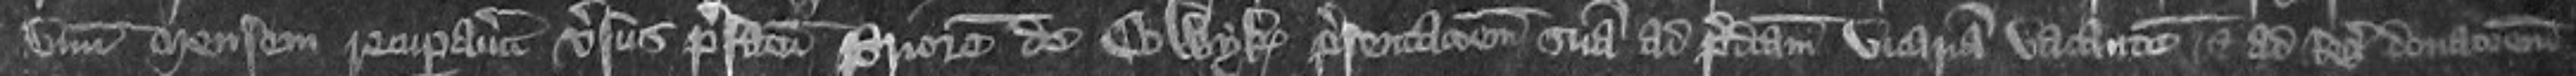
unum mensem recuperavit versus prefatum Priorem de Colwyk presentationem suam ad predictam Vicariam vacantem et ad Regis donationem